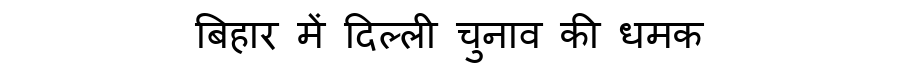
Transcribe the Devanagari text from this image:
बिहार में दिल्ली चुनाव की धमक